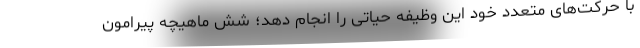
با حرکت‌های متعدد خود این وظیفه حیاتی را انجام دهد؛ شش ماهیچه پیرامون